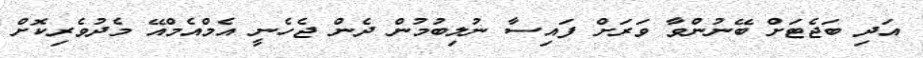
އަދި ބަޖެޓަށް ބޭނުންވާ ވަރަށް ފައިސާ ނުލިބުމުން ދެން ޖެހެނީ އެމްއެމްއޭ މެދުވެރިކޮށް